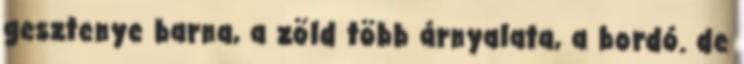
gesztenye barna, a zöld több árnyalata, a bordó. de